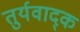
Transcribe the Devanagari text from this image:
तुर्यवाद्क